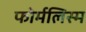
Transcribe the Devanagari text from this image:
फोर्मलिस्म